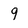
Character: 9